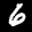
Label: 6